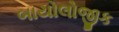
બાયોલોજીક